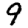
Digit: 9